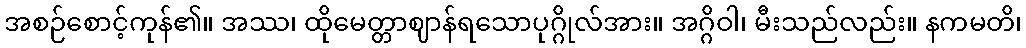
အစဉ်စောင့်ကုန်၏။ အဿ၊ ထိုမေတ္တာဈာန်ရသောပုဂ္ဂိုလ်အား။ အဂ္ဂိဝါ၊ မီးသည်လည်း။ နကမတိ၊